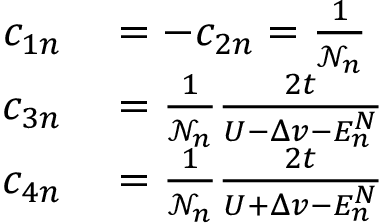
\begin{array} { r l } { c _ { 1 n } } & { { } = - c _ { 2 n } = \frac { 1 } { \mathcal { N } _ { n } } } \\ { c _ { 3 n } } & { { } = \frac { 1 } { \mathcal { N } _ { n } } \frac { 2 t } { U - \Delta v - E _ { n } ^ { N } } } \\ { c _ { 4 n } } & { { } = \frac { 1 } { \mathcal { N } _ { n } } \frac { 2 t } { U + \Delta v - E _ { n } ^ { N } } } \end{array}